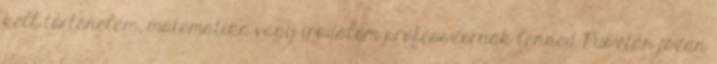
kell történelem, matematika vagy irodalom professzornak lenned Pusztán józan